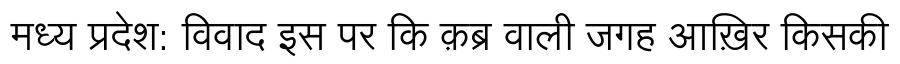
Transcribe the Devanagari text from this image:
मध्य प्रदेश: विवाद इस पर कि क़ब्र वाली जगह आख़िर किसकी